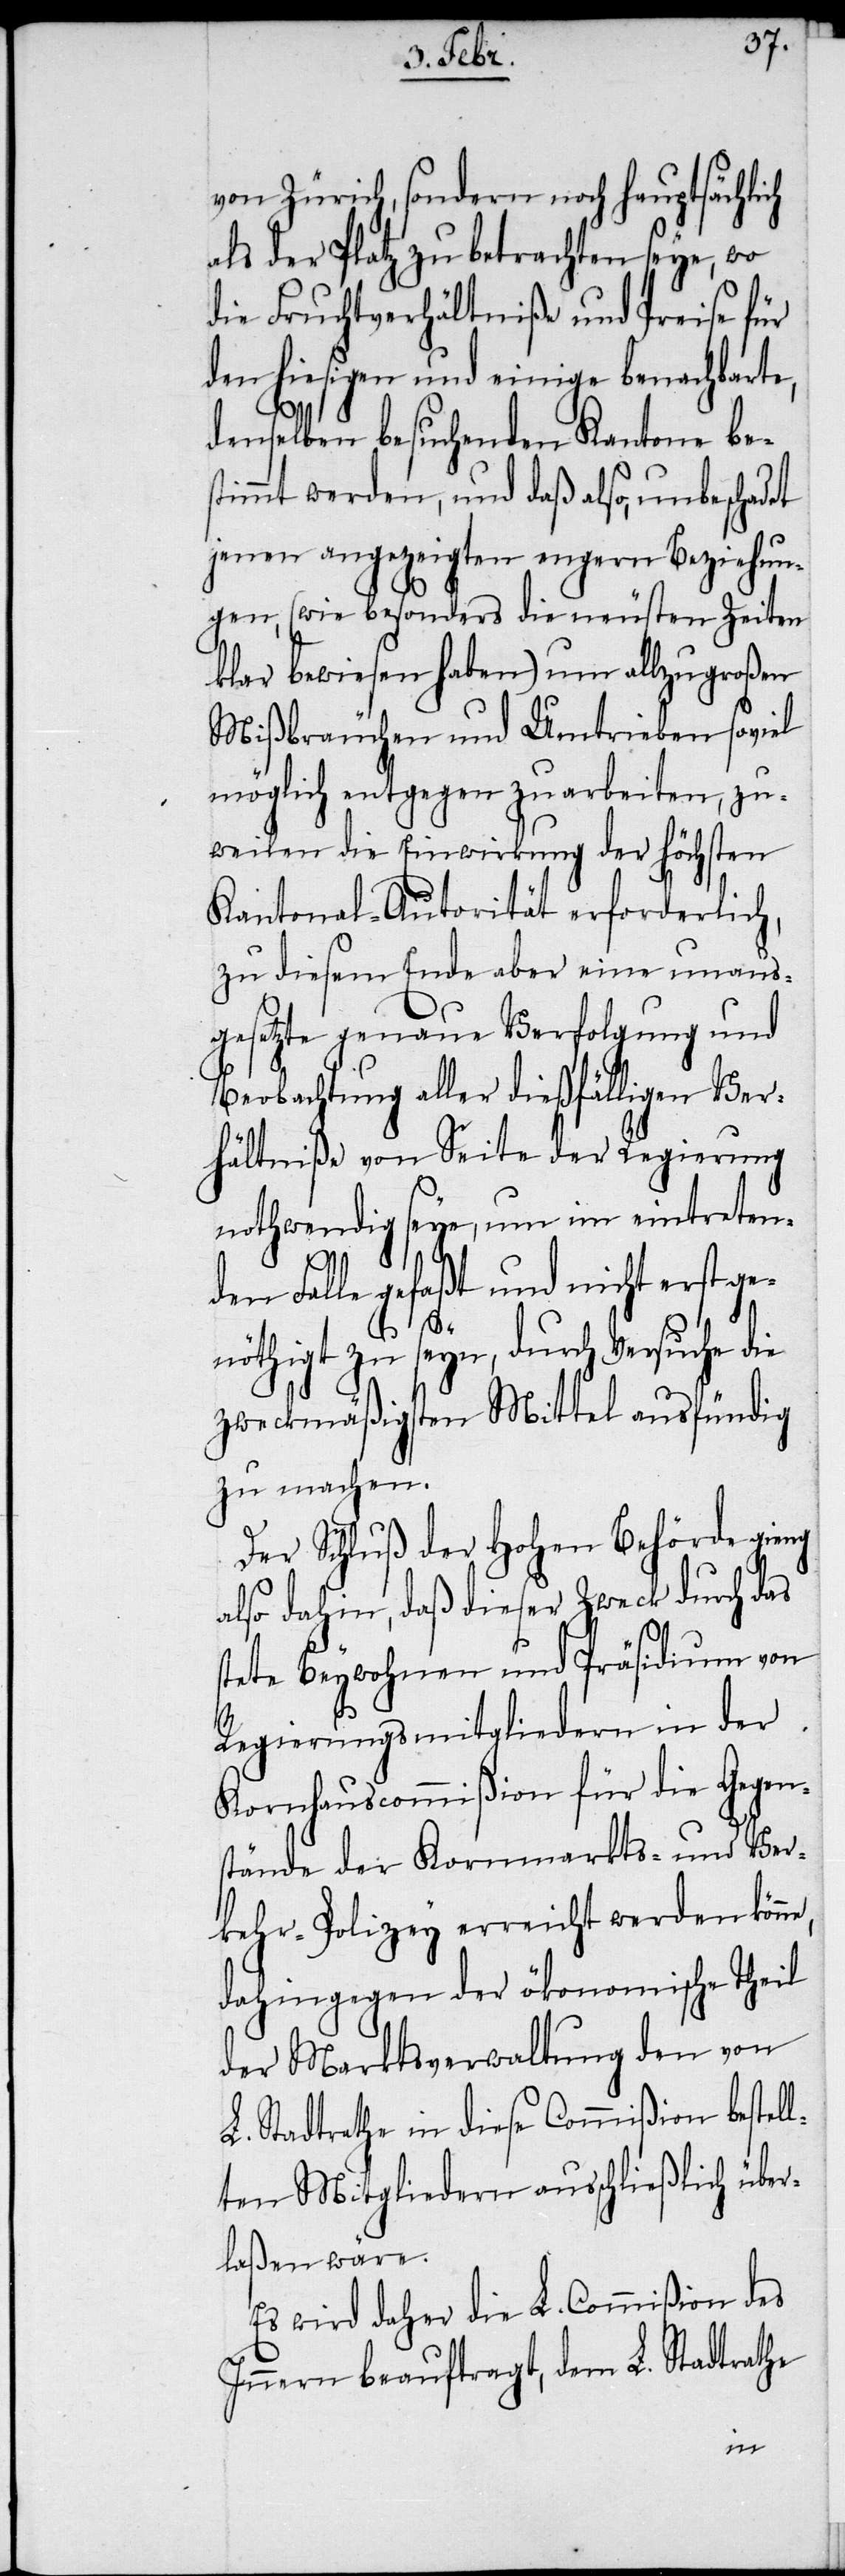
von Zürich, sondern noch hauptsächlich
als der Platz zu betrachten seye, wo
die Fruchtverhältniße und Preise für
den hiesigen und einige benachbarte,
denselben besuchenden Kantone bes¬
timmt werden, und daß also, unbeschad¬
jenen angezeigten engern Beziehun¬
gen, (wie besonders die neusten Zeiten
klar bewiesen haben) um allzugroßen
Mißbräuchen und Umtrieben soviel
möglich entgegen zu arbeiten, zu¬
weilen die Einwirkung der höchsten
Kantonal-Autorität erforderlich,
zu diesem Ende aber eine unaus¬
gesetzte genaue Verfolgung und
Beobachtung aller dießfälligen Ver¬
hältniße von Seite der Regierung
nothwendig seye, um im eintreten¬
e,
den Falle gefaßt und nicht erst ge¬
nöthigt zu seyn, durch Versuche die
zweckmäßigsten Mittel ausfündig
zu machen.
Der Schluß der Hohen Behörde gieng
also dahin, daß dieser Zweck durch das
stete Beywohnen und Präsidium von
Regierungsmitgliedern in der
Kornhauscommißion für die Gegen¬
stände der Kornmarkts- und Ver¬
kehr-Polizey erreicht werden könn¬
dahingegen der ökonomische Theil
der Marktsverwaltung den von
L. Stadtrathe in diese Commißion bestel¬
lten Mitgliedern ausschließlich über¬
laßen wäre.
Es wird daher die L. Commißion des
Innern beauftragt, dem L. Stadtrathe